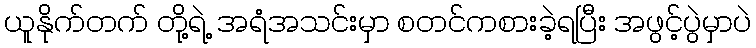
ယူနိုက်တက် တို့ရဲ့ အရံအသင်းမှာ စတင်ကစားခဲ့ရပြီး အဖွင့်ပွဲမှာပဲ